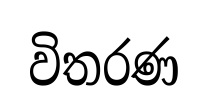
විතරණ